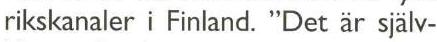
rikskanaler i Finland. "Det är själv-